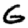
Digit: 6